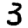
Digit: 3